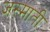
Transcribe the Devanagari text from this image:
जस्माती